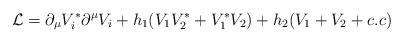
LaTeX: \begin{align*}{\cal L}=\partial_\mu V^* _i\partial^\mu V_i+h_1(V_1V^* _2+V^* _1V_2)+h_2(V_1+V_2 +c.c)\end{align*}